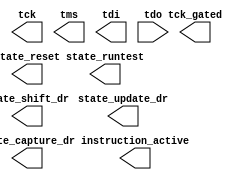
module JtagTAP #(
	parameter USER_INSTRUCTION = 1
) (

	//Indicates this JTAG instruction is loaded in the IR
	output wire instruction_active,

	//One-hot state values (note that in SHIFT-IR etc all are deasserted)
	output wire state_capture_dr,
	output wire state_reset,
	output wire state_runtest,
	output wire state_shift_dr,
	output wire state_update_dr,

	//JTAG nets
	output wire tck,
	output wire tck_gated,
	output wire tms,
	output wire tdi,
	input wire tdo		//ignored if this instruction isn't loaded
	);

	////////////////////////////////////////////////////////////////////////////////////////////////////////////////////
	// The actual primitive

	`ifdef XILINX_SPARTAN6
		BSCAN_SPARTAN6 #(
			.JTAG_CHAIN(USER_INSTRUCTION)
		)
		user_bscan (
			.SEL(instruction_active),
			.TCK(tck),
			.CAPTURE(state_capture_dr),
			.RESET(state_reset),
			.RUNTEST(state_runtest),
			.SHIFT(state_shift_dr),
			.UPDATE(state_update_dr),
			.DRCK(tck_gated),
			.TMS(tms),
			.TDI(tdi),
			.TDO(tdo)
		);

	`endif

	`ifdef XILINX_7SERIES
		BSCANE2 #(
			.JTAG_CHAIN(USER_INSTRUCTION)
		)
		user_bscan (
			.SEL(instruction_active),
			.TCK(tck),
			.CAPTURE(state_capture_dr),
			.RESET(state_reset),
			.RUNTEST(state_runtest),
			.SHIFT(state_shift_dr),
			.UPDATE(state_update_dr),
			.DRCK(tck_gated),
			.TMS(tms),
			.TDI(tdi),
			.TDO(tdo)
		);
	`endif

endmodule